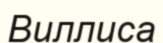
Виллиса